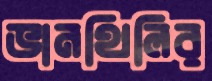
ভানথিলির